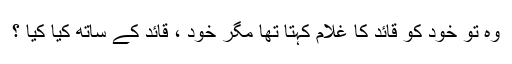
وہ تو خود کو قائد کا غلام کہتا تھا مگر خود ، قائد کے ساتھ کیا کیا ؟